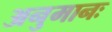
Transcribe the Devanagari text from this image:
अनुमानः